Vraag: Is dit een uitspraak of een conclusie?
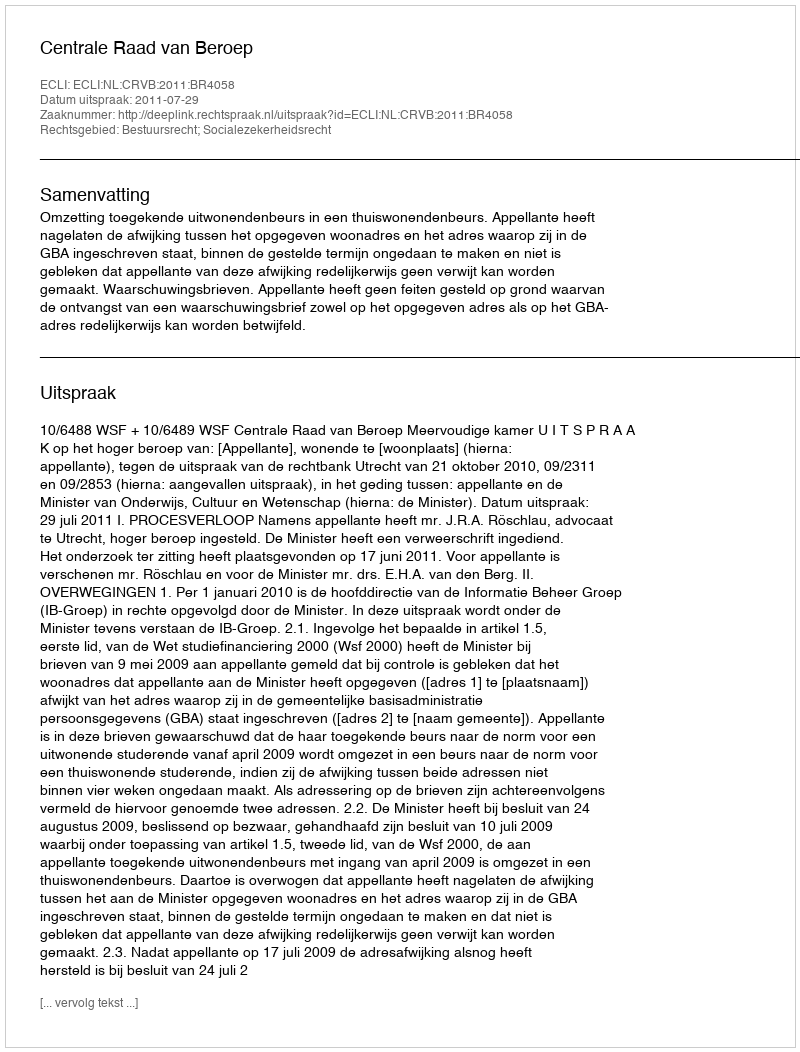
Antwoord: Uitspraak